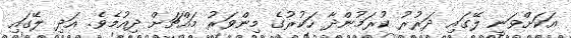
އަކަށްވަނީ ލޭގައި ދަރުރު ކުރަމުންދާ ހަކުރުގެ މިންވަރު މައްޗަށް ދިއުމެވެ. އަދި ލޭގައި